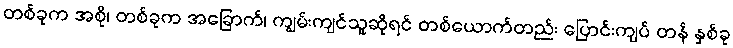
တစ်ခုက အစို၊ တစ်ခုက အခြောက်၊ ကျွမ်းကျင်သူဆိုရင် တစ်ယောက်တည်း ပြောင်းကျပ် တန် နှစ်ခု